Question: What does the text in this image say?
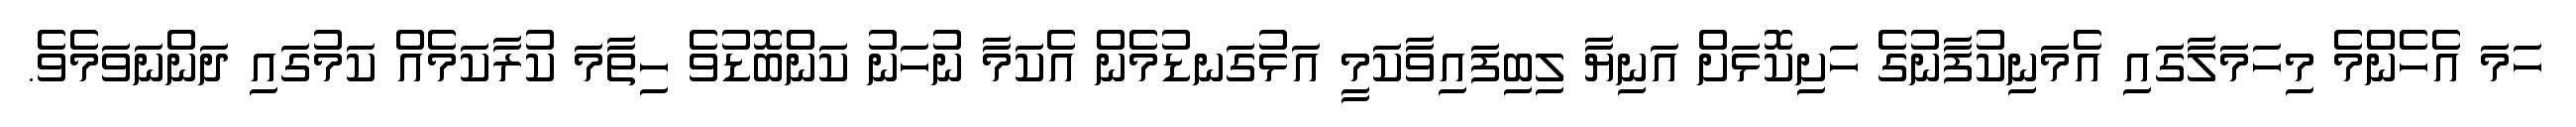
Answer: ހަމަ އެހެންމެ މިހަމަލާގައި އެމަނިކުފާނުގެ ހަށިކޮޅަށް އަނިޔާ ލިބިފައިވާކަމީ އަޅުގަނޑުމެން އެކަމާ ނުހަނު ކަންބޮޑުވެ ހިތާމަ ކުރާކަމެއް ކަމުގައި ދަންނަވަމެވެ.